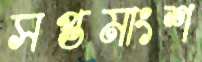
সপ্তমাংশ